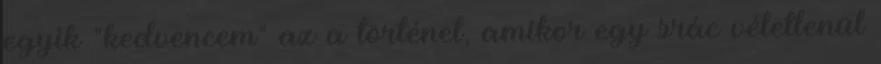
egyik "kedvencem" az a történet, amikor egy srác véletlenül